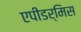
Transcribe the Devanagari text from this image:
एपीडर्मिस